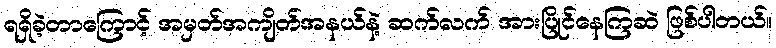
ရရှိခဲ့တာကြောင့် အမှတ်အကျိတ်အနယ်နဲ့ ဆက်လက် အားပြိုင်နေကြဆဲ ဖြစ်ပါတယ်။